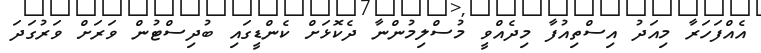
އެއްފަހަރާ މިއަދު އިސްތިއުފާ މިދެއްވީ މުސްލިމުންނާ ދެކޮޅަށް ކެންޑީގައި ބުދިސްޓުން ވަރަށް ވަރުގަދަ